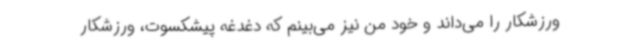
ورزشکار را می‌داند و خود من نیز می‌بینم که دغدغه پیشکسوت، ورزشکار